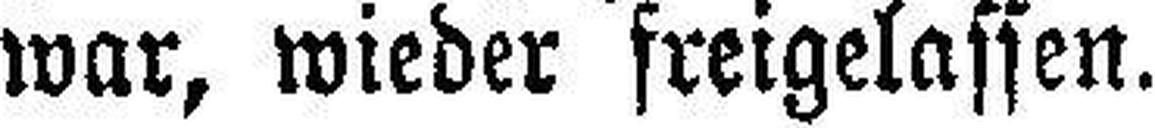
war, wieder freigelassen.